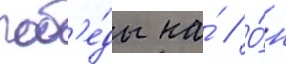
поб'е́ды на́ // О́н